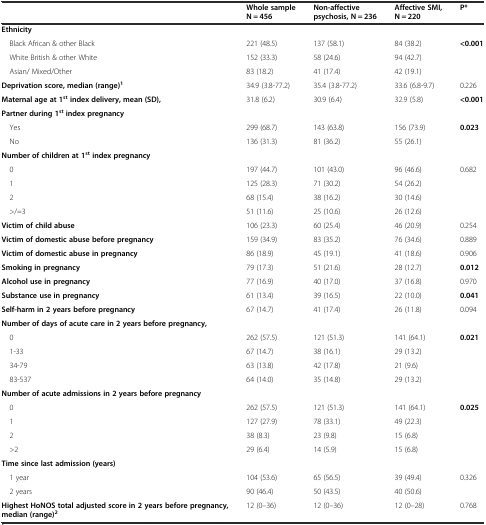
<table><thead><tr><td></td><td><b>Whole sample N = 456</b></td><td><b>Non-affective psychosis, N = 236</b></td><td><b>Affective SMI, N = 220</b></td><td><b>P*</b></td></tr></thead><tbody><tr><td><b>Ethnicity</b></td><td></td><td></td><td></td><td></td></tr><tr><td> Black African &amp; other Black</td><td>221 (48.5)</td><td>137 (58.1)</td><td>84 (38.2)</td><td><b>&lt;0.001</b></td></tr><tr><td> White British &amp; other White</td><td>152 (33.3)</td><td>58 (24.6)</td><td>94 (42.7)</td><td></td></tr><tr><td> Asian/ Mixed/Other</td><td>83 (18.2)</td><td>41 (17.4)</td><td>42 (19.1)</td><td></td></tr><tr><td><b>Deprivation score, median (range)</b><sup><b>1</b></sup></td><td>34.9 (3.8-77.2)</td><td>35.4 (3.8-77.2)</td><td>33.6 (6.8-9.7)</td><td>0.226</td></tr><tr><td><b>Maternal age at 1</b><sup><b>st</b></sup><b>index delivery, mean (SD),</b></td><td>31.8 (6.2)</td><td>30.9 (6.4)</td><td>32.9 (5.8)</td><td><b>&lt;0.001</b></td></tr><tr><td><b>Partner during 1</b><sup><b>st</b></sup><b>index pregnancy</b></td><td></td><td></td><td></td><td></td></tr><tr><td> Yes</td><td>299 (68.7)</td><td>143 (63.8)</td><td>156 (73.9)</td><td><b>0.023</b></td></tr><tr><td> No</td><td>136 (31.3)</td><td>81 (36.2)</td><td>55 (26.1)</td><td></td></tr><tr><td><b>Number of children at 1</b><sup><b>st</b></sup><b>index pregnancy</b></td><td></td><td></td><td></td><td></td></tr><tr><td> 0</td><td>197 (44.7)</td><td>101 (43.0)</td><td>96 (46.6)</td><td>0.682</td></tr><tr><td> 1</td><td>125 (28.3)</td><td>71 (30.2)</td><td>54 (26.2)</td><td></td></tr><tr><td> 2</td><td>68 (15.4)</td><td>38 (16.2)</td><td>30 (14.6)</td><td></td></tr><tr><td> &gt;/=3</td><td>51 (11.6)</td><td>25 (10.6)</td><td>26 (12.6)</td><td></td></tr><tr><td><b>Victim of child abuse</b></td><td>106 (23.3)</td><td>60 (25.4)</td><td>46 (20.9)</td><td>0.254</td></tr><tr><td><b>Victim of domestic abuse before pregnancy</b></td><td>159 (34.9)</td><td>83 (35.2)</td><td>76 (34.6)</td><td>0.889</td></tr><tr><td><b>Victim of domestic abuse in pregnancy</b></td><td>86 (18.9)</td><td>45 (19.1)</td><td>41 (18.6)</td><td>0.906</td></tr><tr><td><b>Smoking in pregnancy</b></td><td>79 (17.3)</td><td>51 (21.6)</td><td>28 (12.7)</td><td><b>0.012</b></td></tr><tr><td><b>Alcohol use in pregnancy</b></td><td>77 (16.9)</td><td>40 (17.0)</td><td>37 (16.8)</td><td>0.970</td></tr><tr><td><b>Substance use in pregnancy</b></td><td>61 (13.4)</td><td>39 (16.5)</td><td>22 (10.0)</td><td><b>0.041</b></td></tr><tr><td><b>Self-harm in 2 years before pregnancy</b></td><td>67 (14.7)</td><td>41 (17.4)</td><td>26 (11.8)</td><td>0.094</td></tr><tr><td><b>Number of days of acute care in 2 years before pregnancy,</b></td><td></td><td></td><td></td><td></td></tr><tr><td> 0</td><td>262 (57.5)</td><td>121 (51.3)</td><td>141 (64.1)</td><td><b>0.021</b></td></tr><tr><td> 1-33</td><td>67 (14.7)</td><td>38 (16.1)</td><td>29 (13.2)</td><td></td></tr><tr><td> 34-79</td><td>63 (13.8)</td><td>42 (17.8)</td><td>21 (9.6)</td><td></td></tr><tr><td> 83-537</td><td>64 (14.0)</td><td>35 (14.8)</td><td>29 (13.2)</td><td></td></tr><tr><td><b>Number of acute admissions in 2 years before pregnancy</b></td><td></td><td></td><td></td><td></td></tr><tr><td> 0</td><td>262 (57.5)</td><td>121 (51.3)</td><td>141 (64.1)</td><td><b>0.025</b></td></tr><tr><td> 1</td><td>127 (27.9)</td><td>78 (33.1)</td><td>49 (22.3)</td><td></td></tr><tr><td> 2</td><td>38 (8.3)</td><td>23 (9.8)</td><td>15 (6.8)</td><td></td></tr><tr><td> &gt;2</td><td>29 (6.4)</td><td>14 (5.9)</td><td>15 (6.8)</td><td></td></tr><tr><td><b>Time since last admission (years)</b></td><td></td><td></td><td></td><td></td></tr><tr><td> 1 year</td><td>104 (53.6)</td><td>65 (56.5)</td><td>39 (49.4)</td><td>0.326</td></tr><tr><td> 2 years</td><td>90 (46.4)</td><td>50 (43.5)</td><td>40 (50.6)</td><td></td></tr><tr><td><b>Highest HoNOS total adjusted score in 2 years before pregnancy, median (range)</b><sup><b>2</b></sup></td><td>12 (0–36)</td><td>12 (0–36)</td><td>12 (0–28)</td><td>0.768</td></tr></tbody></table>